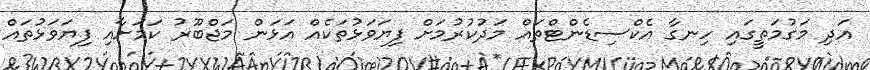
އަދި މަގުމަތީގައި ހިނގާ އެކްސިޑެންޓްތައް މަދުކުރުމަށް ފިޔަވަޅުތަކެއް އަޅަން މަޖްބޫރު ކަމަށާއި ފިޔަވަޅުތައް